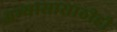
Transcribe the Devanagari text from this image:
अभ्यासासाठीही